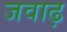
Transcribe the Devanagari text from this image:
जवाढ़